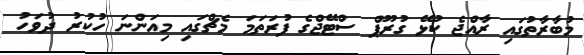
މުބާރާތުގައި ރާއްޖެ ކުޅޭ ގުރޫޕް ސްޓޭޖްގެ ފުރަތަމަ މެޗްގައި މިއަންނަ ހުކުރު ދުވަހު